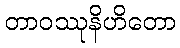
တာဝဿုနိဟိတော